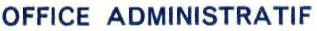
OFFICE ADMINISTRATIF